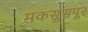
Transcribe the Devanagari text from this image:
मकसुसपूर